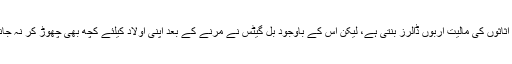
ان کے پاس موجود اثاثوں کی مالیت اربوں ڈالرز بنتی ہے، لیکن اس کے باوجود بل گیٹس نے مرنے کے بعد اپنی اولاد کیلئے کچھ بھی چھوڑ کر نہ جانے کا ارادہ کیا ہے۔